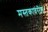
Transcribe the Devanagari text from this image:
मस्तकावरील